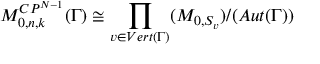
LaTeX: { \cal M } _ { 0 , n , k } ^ { C P ^ { N - 1 } } ( \Gamma ) \cong \prod _ { v \in V e r t ( \Gamma ) } ( { \cal M } _ { 0 , S _ { v } } ) / ( A u t ( \Gamma ) )